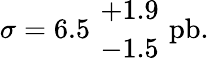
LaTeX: \sigma=6.5\ {+1.9\atop-1.5}\ \mathrm{pb}.